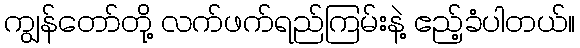
ကျွန်တော်တို့ လက်ဖက်ရည်ကြမ်းနဲ့ ဧည့်ခံပါတယ်။